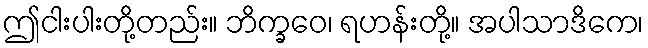
ဤငါးပါးတို့တည်း။ ဘိက္ခဝေ၊ ရဟန်းတို့။ အပါသာဒိကေ၊